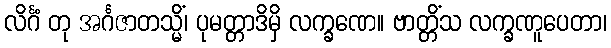
လိင်္ဂံ တု အင်္ဂဇာတသ္မိံ၊ ပုမတ္တာဒိမှိ လက္ခဏေ။ ဗာတ္တိံသ လက္ခဏူပေတာ၊